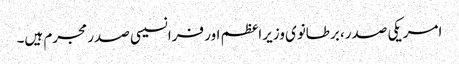
امریکی صدر، برطانوی وزیراعظم اور فرانسیسی صدر مجرم ہیں۔